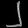
Digit: ၂